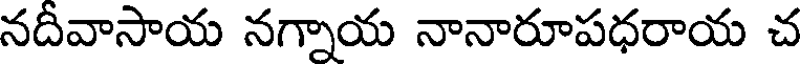
నదీవాసాయ నగ్నాయ నానారూపధరాయ చ